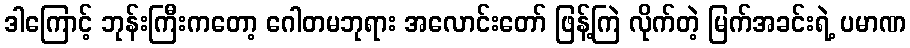
ဒါကြောင့် ဘုန်းကြီးကတော့ ဂေါတမဘုရား အလောင်းတော် ဖြန့်ကြဲ လိုက်တဲ့ မြက်အခင်းရဲ့ ပမာဏ